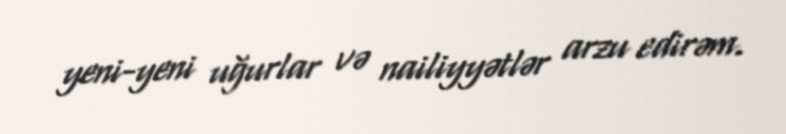
yeni-yeni uğurlar və nailiyyətlər arzu edirəm.